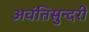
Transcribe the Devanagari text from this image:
अवंतिसुन्दरी